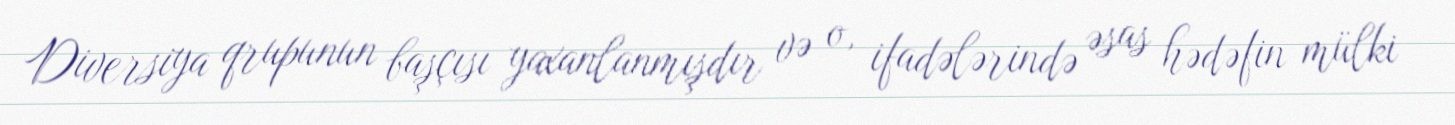
Diversiya qrupunun başçısı yaxanlanmışdır və o, ifadələrində əsas hədəfin mülki